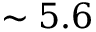
\sim 5 . 6